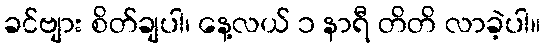
ခင်ဗျား စိတ်ချပါ၊ နေ့လယ် ၁ နာရီ တိတိ လာခဲ့ပါ။